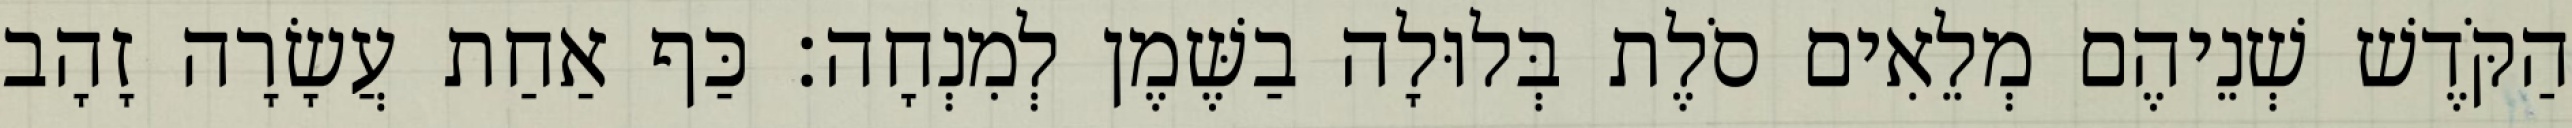
הַקֹּדֶשׁ שְׁנֵיהֶם מְלֵאִים סֹלֶת בְּלוּלָה בַשֶּׁמֶן לְמִנְחָה׃ כַּף אַחַת עֲשָׂרָה זָהָב